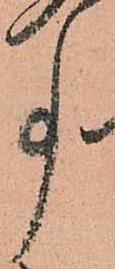
事